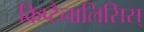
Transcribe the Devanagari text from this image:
क्रिप्टैनालिसिस्